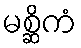
မစ္ဆိကံ